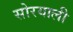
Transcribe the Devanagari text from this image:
सोरयाली